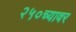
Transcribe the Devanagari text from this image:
२५०च्यावर